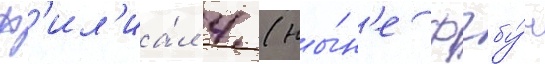
ф'ил'иа́л 4 (ны́н'е фгбу́н